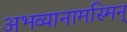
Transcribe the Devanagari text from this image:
अभव्यानामस्मिन्